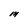
Character: M